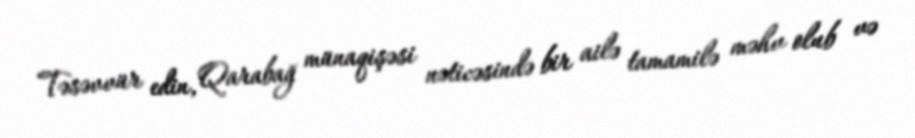
Təsəvvür edin, Qarabağ münaqişəsi nəticəsində bir ailə tamamilə məhv olub və